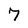
Character: 7